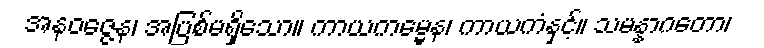
အနဝဇ္ဇေန၊ အပြစ်မရှိသော။ ကာယကမ္မေန၊ ကာယကံနှင့်။ သမန္နာဂတော၊